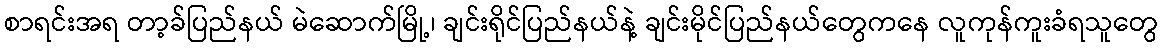
စာရင်းအရ တာ့ခ်ပြည်နယ် မဲဆောက်မြို့၊ ချင်းရိုင်ပြည်နယ်နဲ့ ချင်းမိုင်ပြည်နယ်တွေကနေ လူကုန်ကူးခံရသူတွေ